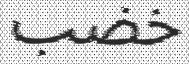
خضب